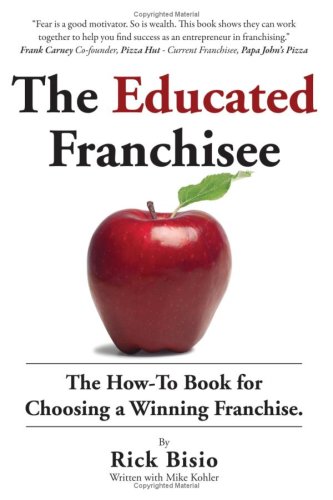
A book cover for The Educated Franchisee: The How-To Book for Choosing a Winning Franchise; Rick Bisio; Business & Money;